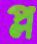
প্ল